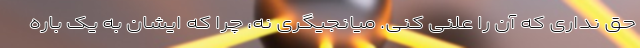
حق نداری که آن را علنی کنی. میانجیگری نه، چرا که ایشان به یک باره